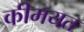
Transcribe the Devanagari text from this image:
कीमयत